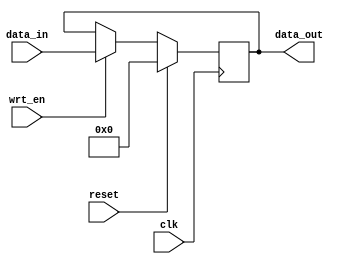
`timescale 1ns / 1ps
//////////////////////////////////////////////////////////////////////////////////
// Company: 
// Engineer: 
// 
// Design Name: 
// Module Name: register
// Project Name: 
// Target Devices: 
// Tool Versions: 
// Description: 
// 
// Dependencies: 
// 
// Revision:
// Revision 0.01 - File Created
// Additional Comments:
// 
//////////////////////////////////////////////////////////////////////////////////

module register #(
	parameter	BIT_WIDTH = 32
)(
    input                         clk,
    input                         reset,
    input                         wrt_en,
    input   [BIT_WIDTH -1 : 0]    data_in,
    output  [BIT_WIDTH -1 : 0]    data_out
);

    reg  [BIT_WIDTH -1 : 0] out;

    always @ (posedge clk) begin
      if (reset == 1'b1)
          out <= 0;
      else if (wrt_en == 1'b1)
          out <= data_in;
      else 
          out <= out;
    end

    assign data_out = out;

endmodule

// parameters:
// Bitwidth of the register